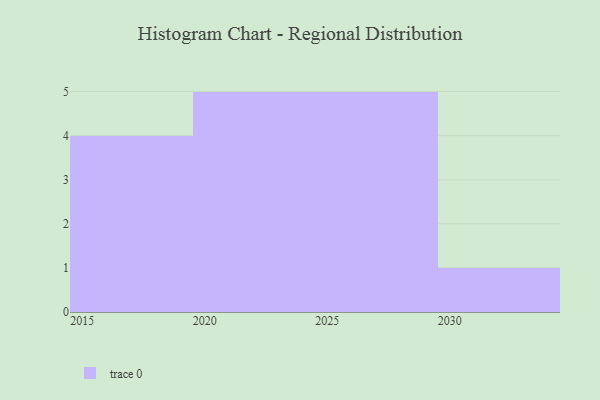
{"axis": {"x": "Year", "y": "Inventory Turnover"}, "legend": [""], "data": [{"x": "2015", "y": 19, "type": ""}, {"x": "2025", "y": 53, "type": ""}, {"x": "2028", "y": 67, "type": ""}, {"x": "2020", "y": 67, "type": ""}, {"x": "2030", "y": 79, "type": ""}, {"x": "2026", "y": 75, "type": ""}, {"x": "2024", "y": 53, "type": ""}, {"x": "2029", "y": 41, "type": ""}, {"x": "2019", "y": 85, "type": ""}, {"x": "2017", "y": 33, "type": ""}, {"x": "2016", "y": 10, "type": ""}, {"x": "2027", "y": 59, "type": ""}, {"x": "2022", "y": 5, "type": ""}, {"x": "2021", "y": 82, "type": ""}, {"x": "2023", "y": 90, "type": ""}]}